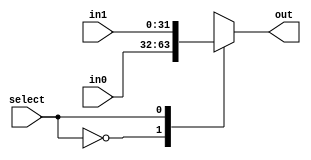
`timescale 1ns/1ps
module mux_2to1_32b(in0, in1, out, select);
    parameter size = 32;
    // Specifying the ports
    input [size-1:0] in0;
    input [size-1:0] in1;
    output reg [size-1:0] out;
    input select;
    always @(*)
        case (select)
            0: out = in0;
            1: out = in1;
            default: out = {size{1'bx}};
        endcase
endmodule